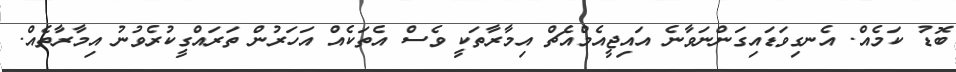
ބޮޑު ކަމެއް. އެނގިވަޑައިގަންނަވާނެ އައިޖީއެމްއެޗް އިމާރާތަކީ ވެސް އެތަކެއް އަހަރުން ތަރައްގީކުރެވުނު އިމާރާތެއް.